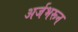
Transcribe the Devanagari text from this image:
अर्जभरून